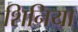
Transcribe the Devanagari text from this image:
शिनिया